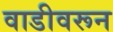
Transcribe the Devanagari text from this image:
वाडीवरून